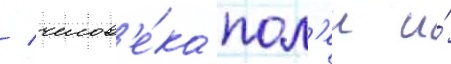
/ челов'е́ка пол'еи и́